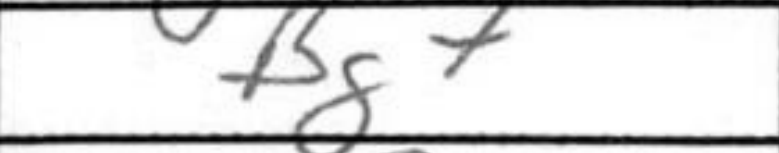
Transcription: Bg7